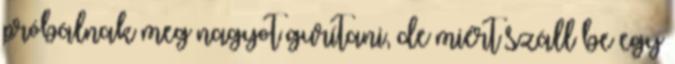
próbálnak meg nagyot gurítani, de miért száll be egy